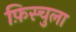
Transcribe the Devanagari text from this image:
फ़िस्चुला